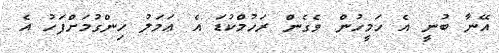
އޭނާ ބުނީ އެ ހަމީހުން ވެގެން ރަހުމްކުޑަ އެ ޢަމަލު ހިންގުމަށްފަހު އެ